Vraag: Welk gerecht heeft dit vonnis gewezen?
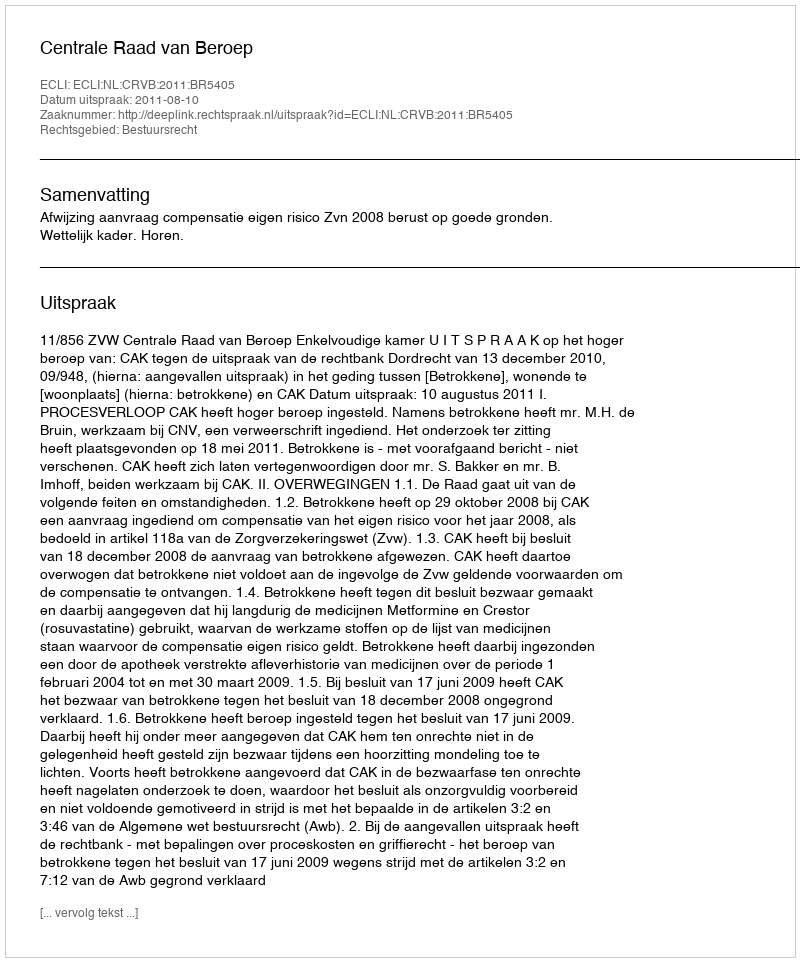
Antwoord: Centrale Raad van Beroep